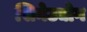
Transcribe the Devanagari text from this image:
सिनेउद्योग